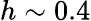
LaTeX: h\sim 0.4